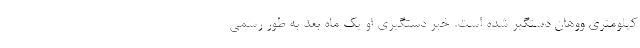
کیلومتری ووهان دستگیر شده است. خبر دستگیری او یک ماه بعد به طور رسمی